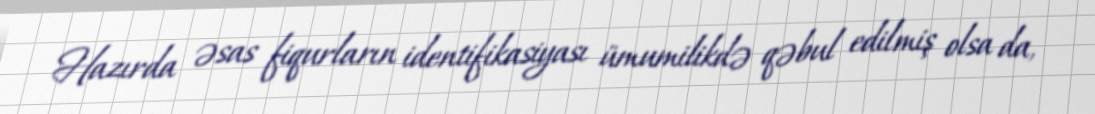
Hazırda əsas fiqurların identifikasiyası ümumilikdə qəbul edilmiş olsa da,